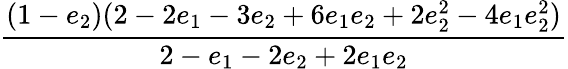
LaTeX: \displaystyle\frac{(1-e_{2})(2-2e_{1}-3e_{2}+6e_{1}e_{2}+2e_{2}^{2}-4e_{1}e_{2}^{2})}{2-e_{1}-2e_{2}+2e_{1}e_{2}}